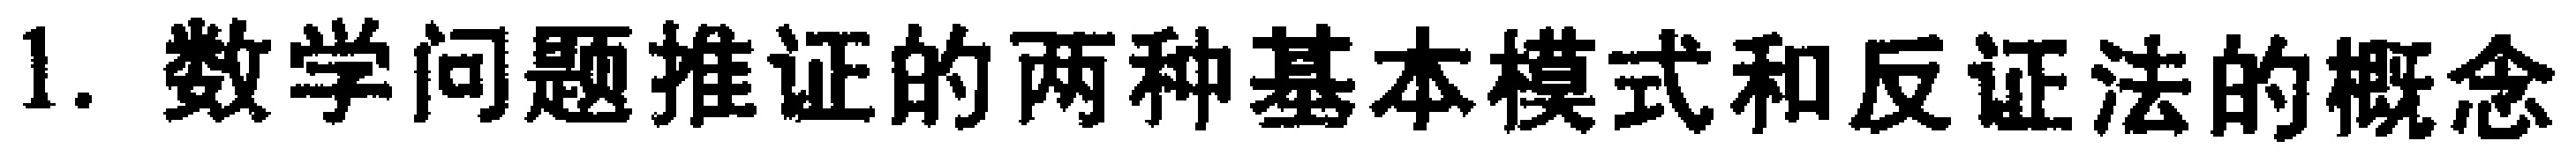
1. 数学问题推证的两种基本模式和反证法的概念